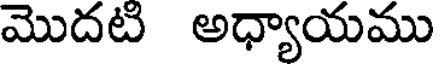
మొదటి అధ్యాయము